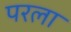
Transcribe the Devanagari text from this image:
परला